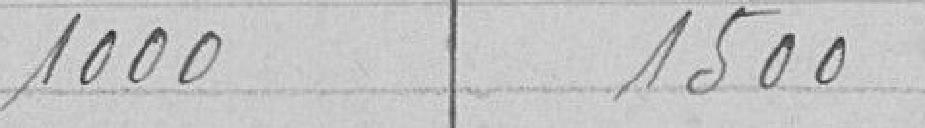
1000 1500